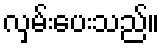
လှမ်းပေးသည်။